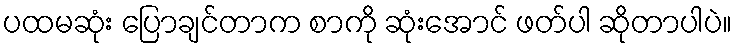
ပထမဆုံး ပြောချင်တာက စာကို ဆုံးအောင် ဖတ်ပါ ဆိုတာပါပဲ။